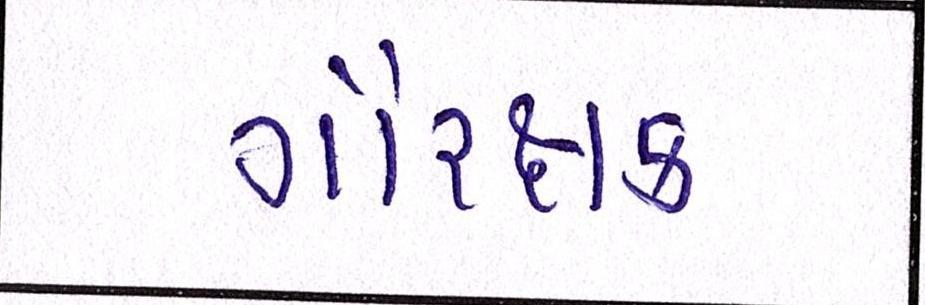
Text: ગૌરક્ષક